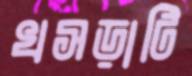
খসড়াটি